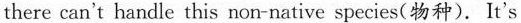
there can't handle this non-native species( 物种). It's